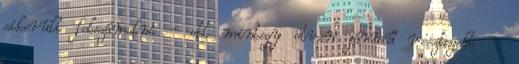
sikerült felszámolni - ott mintegy ötven jármű vesztegelt -,